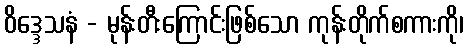
ဝိဒ္ဒေသနံ - မုန်းတီးကြောင်းဖြစ်သော ကုန်းတိုက်စကားကို၊